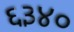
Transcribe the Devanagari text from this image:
६३४०